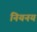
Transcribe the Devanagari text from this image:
नियनय